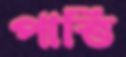
পাত্তি